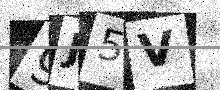
Text: 9J5V